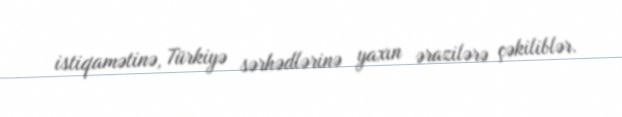
istiqamətinə, Türkiyə sərhədlərinə yaxın ərazilərə çəkiliblər.